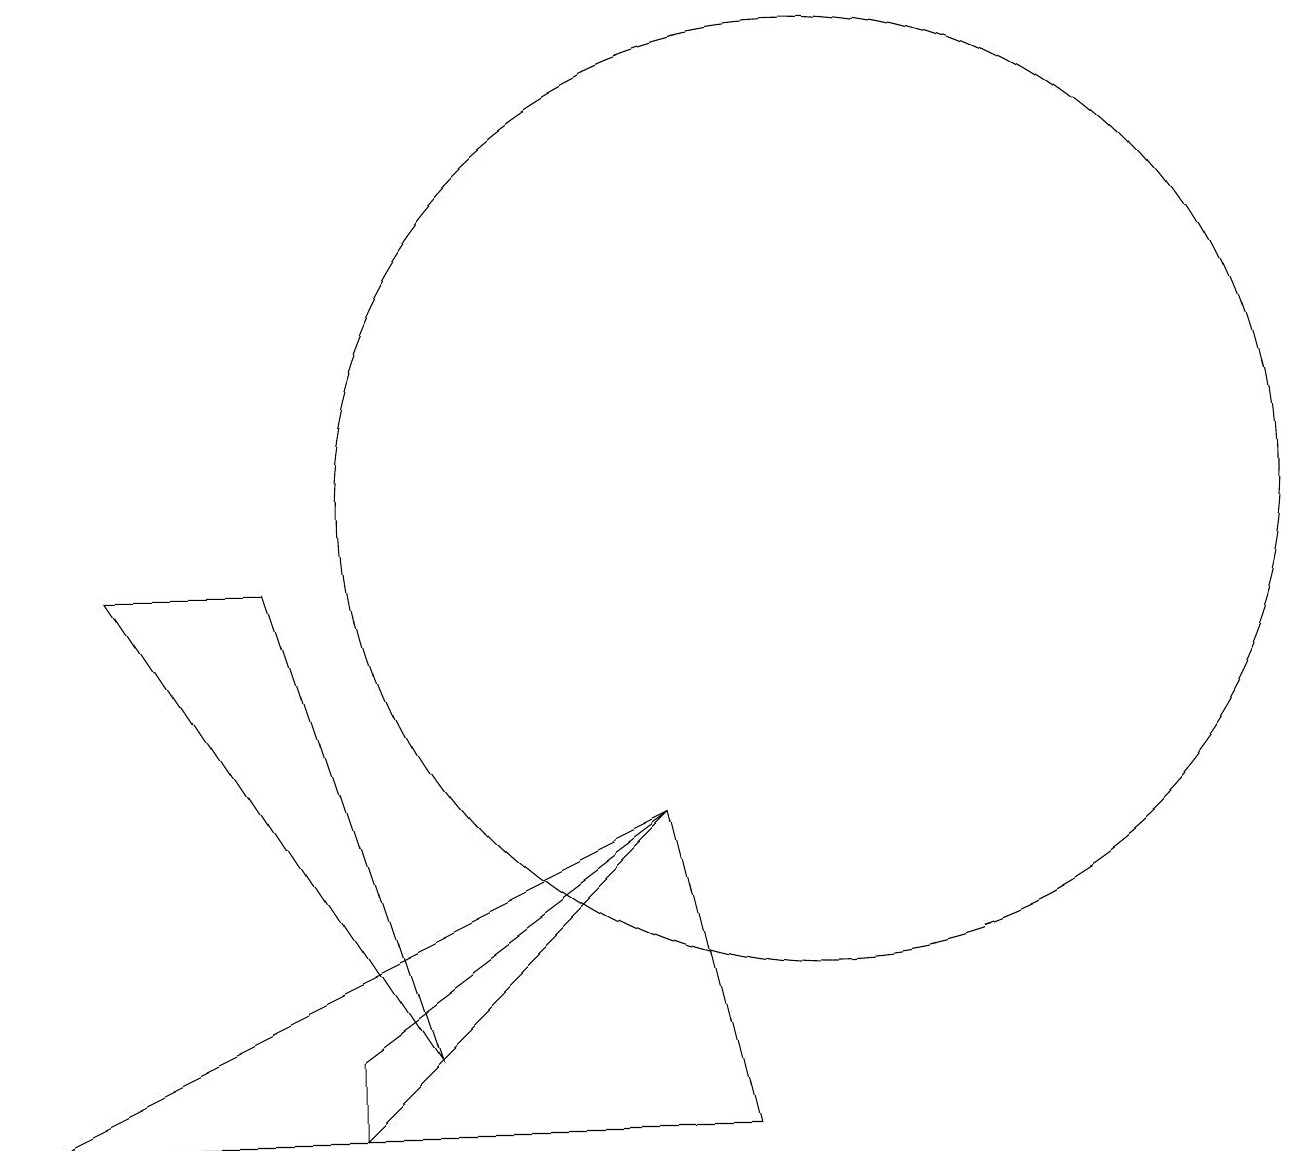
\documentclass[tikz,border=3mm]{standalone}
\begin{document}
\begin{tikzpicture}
\draw (4,2) -- (8,6) -- (4,3) -- cycle;
\draw (9,2) -- (8,6) -- (0,2) -- cycle;
\draw (1,9) -- (3,9) -- (5,3) -- cycle;
\draw (10,10) circle (6);
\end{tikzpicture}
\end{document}